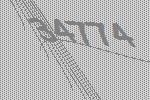
34774